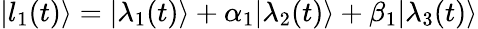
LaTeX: |l_{1}(t)\rangle=|\lambda_{1}(t)\rangle+\alpha_{1}|\lambda_{2}(t)\rangle+\beta_{1}|\lambda_{3}(t)\rangle